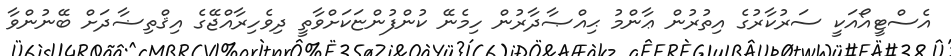
އެސްޓީއޯއަކީ ސަރުކާރުގެ އިތުރުން ޢާންމު ޙިއްޞާދާރުން ހިމެނޭ ކުންފުންޏަކަށްވާތީ ދިވެހިރާއްޖޭގެ އިޤްތިޟާދަށް ބޭނުންވާ